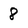
Character: 8